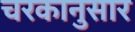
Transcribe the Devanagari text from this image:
चरकानुसार